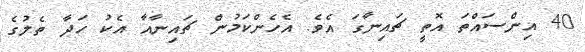
40 އިންސައްތަ އޮތީ ޗައިނާގަ އެވެ. އެހެންކަމުން ޗައިނާއާ އެކު ހަދާ ތެލުގެ